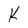
Character: K